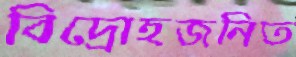
বিদ্রোহজনিত